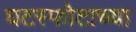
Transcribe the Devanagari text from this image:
घटस्फोटाच्या